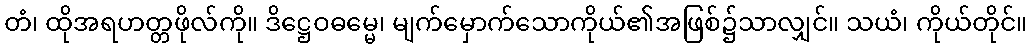
တံ၊ ထိုအရဟတ္တဖိုလ်ကို။ ဒိဋ္ဌေဝဓမ္မေ၊ မျက်မှောက်သောကိုယ်၏အဖြစ်၌သာလျှင်။ သယံ၊ ကိုယ်တိုင်။